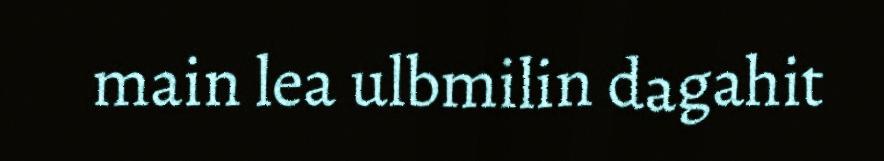
main lea ulbmilin dagahit